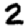
Digit: 2